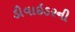
ડીવાઇડરની